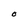
Character: t